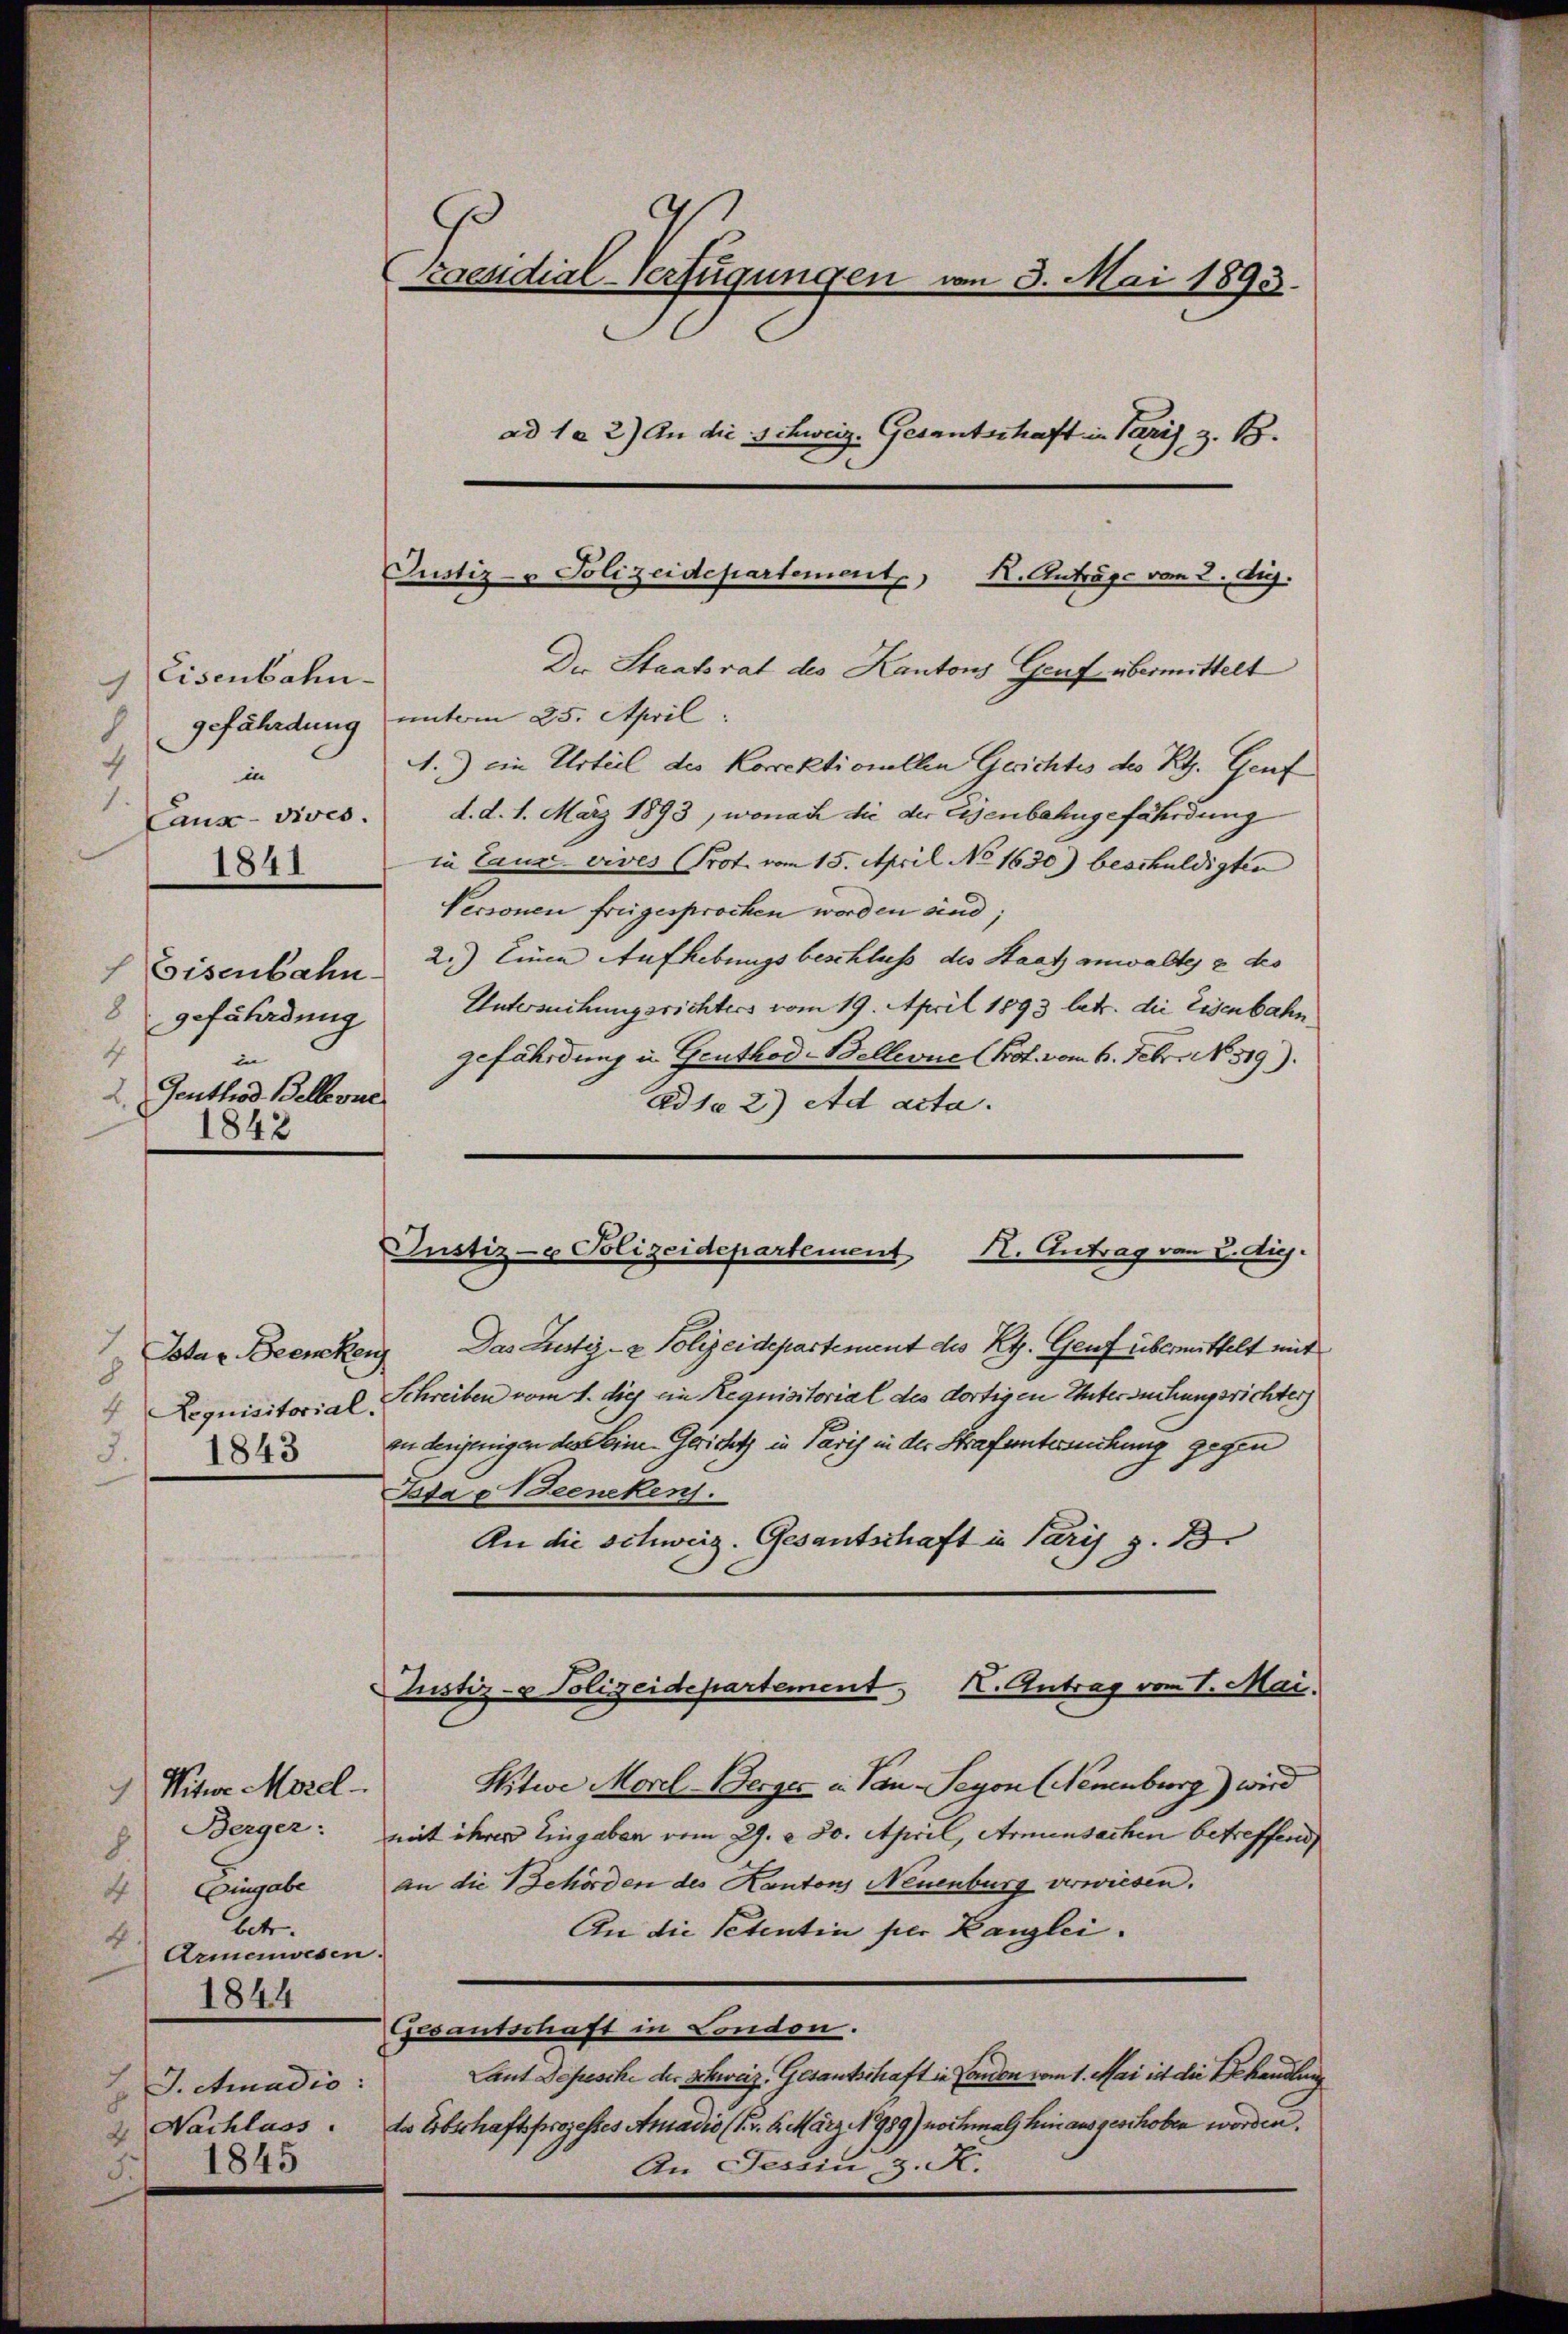
Eisenbahn.
c
gefährdung
4
in
Caux-vives.
1841
Eisenbahn
8
gefährdung
t
in
2. Genthos Bellevue
1842

1
Gotar Brenken
8
Lequisitorial.
4

raesidial-Verfügungen von 3. Mai 1893.
ad 1 a 2) An die Schweiz. Gesantschaft in Paris, z. B.

Justiz- & Polizeidepartement K. Anträge vom 2. Aug.

Der Staatsrat des Kantons Genf übermittelt
unterm 25. April
A.) ein Urteil des Korrektionellen Gerichtes des Kt. Genf
d. d. 1. März 1893, wonach die der Eisenbahngefährdung
in Cruc vives Prot. vom 15. April No 1630) beschuldigten
Personen freigesprochen worden sind;
2.) Einen Aufhebungsbeschluss des Staat anwaltes & ko
Untersuchungsrichters vom 19. April 1893 betr. die Eisenbahngefährdung in Genthod-Bellevue (Prof. vom 6. Febr. No. 519).
Adja 2) ad acta.
.

Justiz- & Polizeidepartement
X. Antrag von 8. Aug.

Das Justiz- & Polizeidepartement des Kt. Genf übermittelt mit
Schreiben vom 1. die ein Requisitorial des dortigen Untersuchungsrichter)
An denjenigen des eine-Gerichts in Paris in der Strafuntersuchung gegen
Ita e eencken.
An die schweiz. Gesantschaft in Paris z. B.
Witwe Morel-Berger in Pan-Seyon (Neuenburg) wird
Nitwe Morel
Berger: mit ihrer Eingaben vom 29. a. 80. April, Armensachen betreffend
Eingabe an die Behörden des Kantons Neuenburg verwiesen.
4
betr.
An die Petentin per Kanzlei.
d
Armenwesen.
1844
Gesantschaft in London.
Laut Depesche der Schweiz. Gesantschaft in London vom 1. Mai ist die Behandlung
J. Amadio:
3
Nachlass. Da Erbschaftsprozesses Amadio (Nr. 6. März 1989) nochmals hinausgeschoben worden.
2
An Tessin, 9. K.
3. 1845

Justiz- & Polizeidepartement, I. Antrag vom 1. Mai.